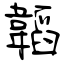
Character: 韜